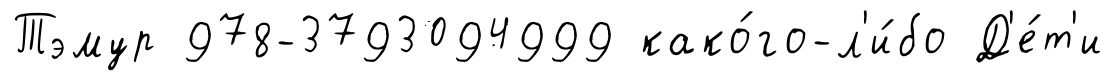
Тэмур 978-3793094999 како́го-л'и́бо Д'е́т'и